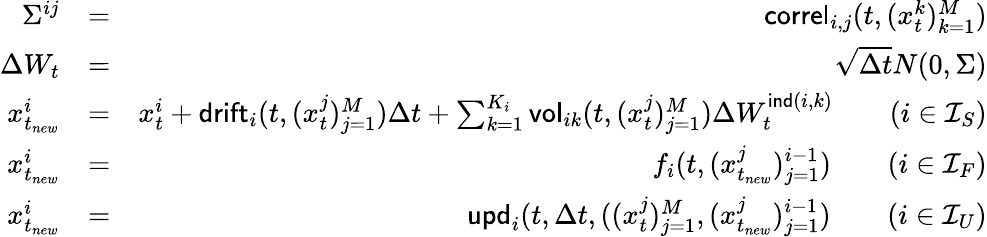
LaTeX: \begin{array}{rlr}{\Sigma^{ij}}&{=}&{\mathsf{correl}_{i,j}(t,(x_{t}^{k})_{k=1}^{M})}\\ {\Delta W_{t}}&{=}&{\sqrt{\Delta t}N(0,\Sigma)}\\ {x_{t_{new}}^{i}}&{=}&{x_{t}^{i}+\mathsf{drift}_{i}(t,(x_{t}^{j})_{j=1}^{M})\Delta t+\sum_{k=1}^{K_{i}}\mathsf{vol}_{ik}(t,(x_{t}^{j})_{j=1}^{M})\Delta W_{t}^{\mathsf{ind}(i,k)}\qquad(i\in{\cal I}_{S})}\\ {x_{t_{new}}^{i}}&{=}&{f_{i}(t,(x_{t_{new}}^{j})_{j=1}^{i-1})\qquad(i\in{\cal I}_{F})}\\ {x_{t_{new}}^{i}}&{=}&{\mathsf{upd}_{i}(t,\Delta t,((x_{t}^{j})_{j=1}^{M},(x_{t_{new}}^{j})_{j=1}^{i-1})\qquad(i\in{\cal I}_{U})}\end{array}